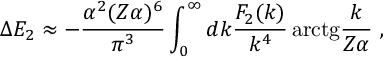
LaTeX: \Delta E _ { 2 } \approx - \frac { \alpha ^ { 2 } ( Z \alpha ) ^ { 6 } } { \pi ^ { 3 } } \int _ { 0 } ^ { \infty } d k \frac { { \cal F } _ { 2 } ( k ) } { k ^ { 4 } } \, \mathrm { a r c t g } \frac { k } { Z \alpha } \ ,